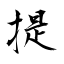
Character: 提